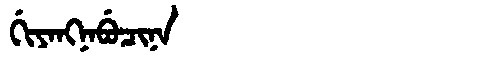
Manchu: ᡤᡳᠶᠠᠩᠨᠠᠪᡠᠴᡳᠨᠠ
Romanization: GIYANGNABUCINA